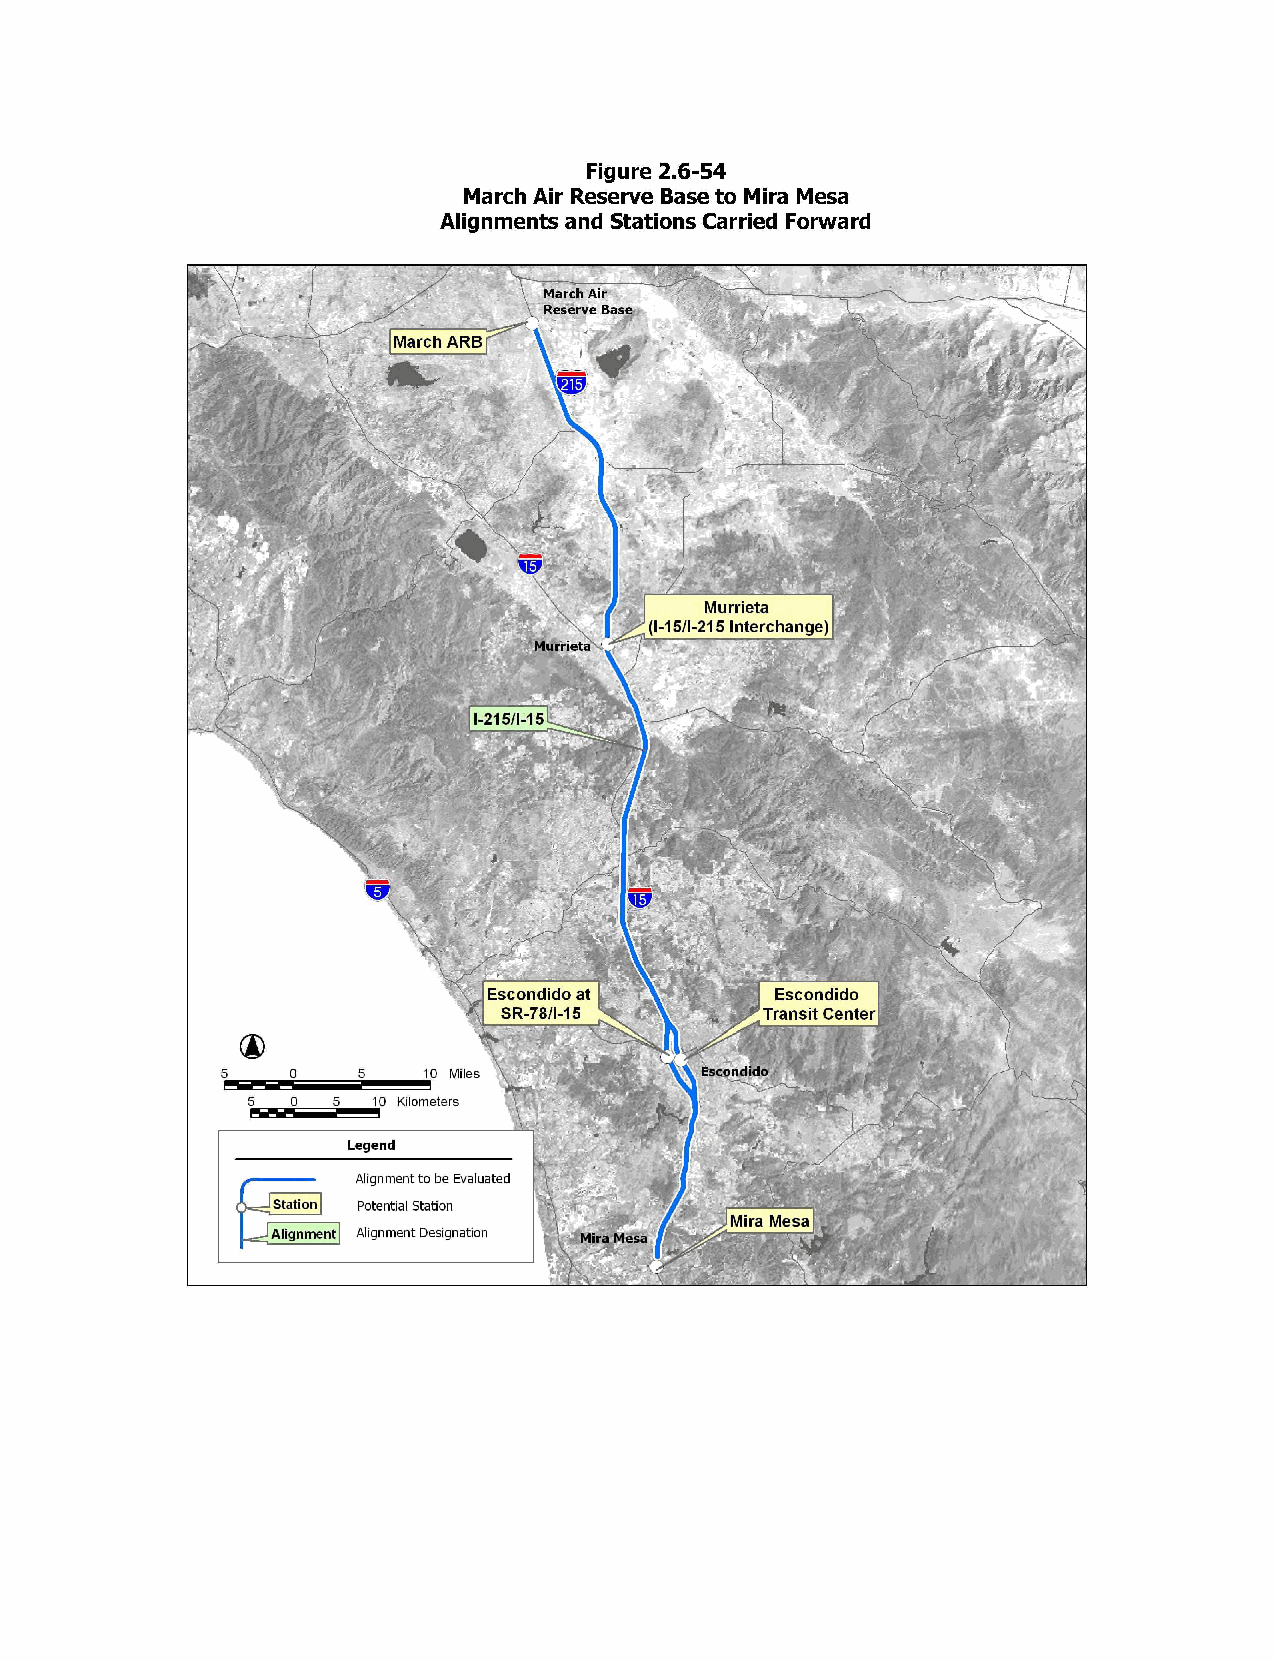
Figure 2,6-54
 March Air Reserve Base to Mira Mesa
 Alignments and Stations Carried Forward
 March Air
 Reserve Base
 March ARB
 Murrieta
 (I-15/I-215 Interchange)
 Murrieta
 I-215/1-15
 Escondido at       Escondido
 SR-78/I-15        Transit Center
 5   0    5   10 Miles
 5  0  5  10 Kilometers
 Legend
 Alignment to be Evaluated
 Station Potential Station
 Mira Mesa
 Alignment Alignment Designation
 Mira Mesa